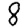
Digit: 8